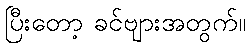
ပြီးတော့ ခင်ဗျားအတွက်။